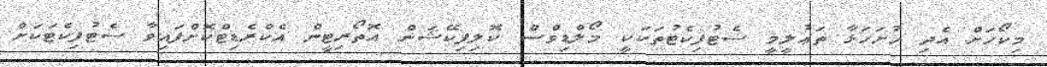
މިކޯހަށް އެދި ހުށަހަޅާ ތަޢުލީމީ ސެޓުފިކެޓުތަކަކީ މޯލްޑިވްސް ކޮލިފިކޭޝަން އޮތޯރިޓީން އެކްރެޑިޓްކޮށްފައިވާ ސެޓުފިކެޓަކަށް